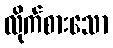
လိုက်စားသော